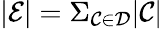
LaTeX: |\mathcal{E}|=\Sigma_{\mathcal{C}\in\mathcal{D}}|\mathcal{C}|